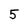
Character: 5